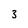
Character: 3